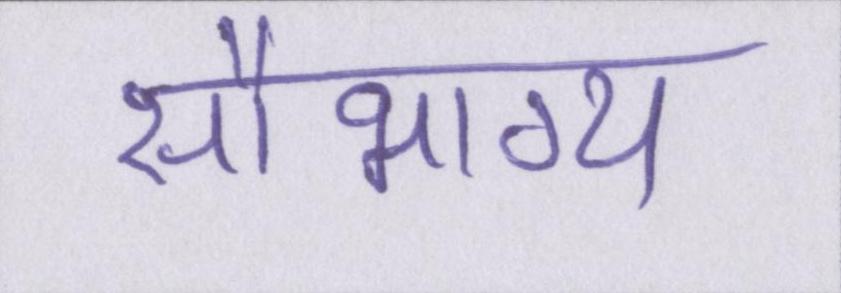
सौभाग्य